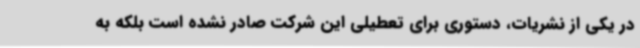
در یکی از نشریات، دستوری برای تعطیلی این شرکت صادر نشده است بلکه به